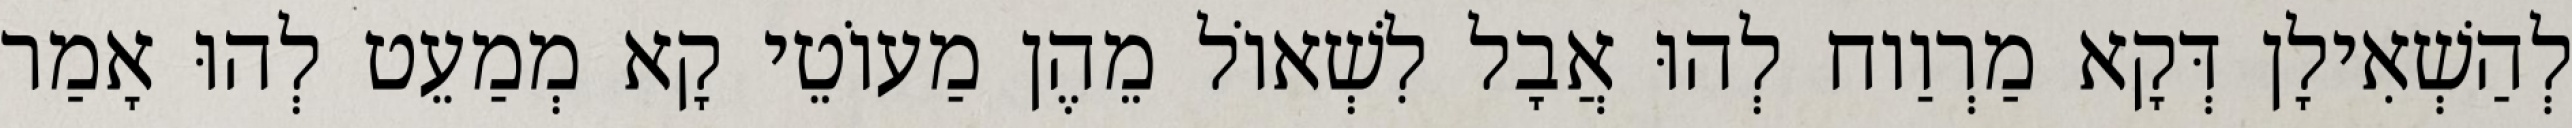
לְהַשְׁאִילָן דְּקָא מַרְוַוח לְהוּ אֲבָל לִשְׁאוֹל מֵהֶן מַעוֹטֵי קָא מְמַעֵט לְהוּ אָמַר